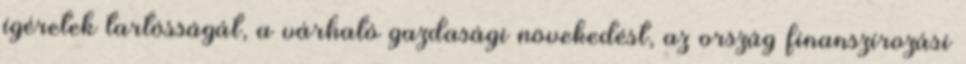
ígéretek tartósságát, a várható gazdasági növekedést, az ország finanszírozási